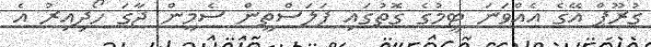
ގުރޫޕް އޭގެ އެއްވަނަ ޓީމުގެ ގޮތުގައި ފަލަސްތީން ސެމީން ޖާގަ ހޯދިއިރު އެ